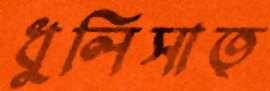
ধুলিসাত্